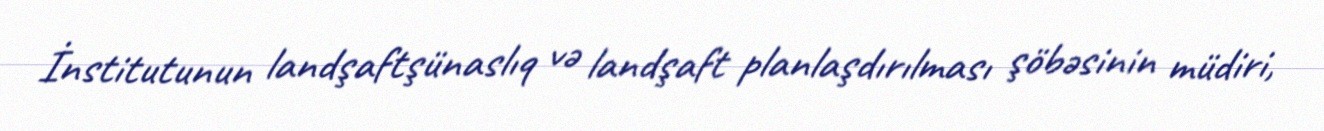
İnstitutunun landşaftşünaslıq və landşaft planlaşdırılması şöbəsinin müdiri,